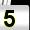
Digit: 5